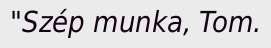
"Szép munka, Tom.